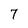
Character: 7